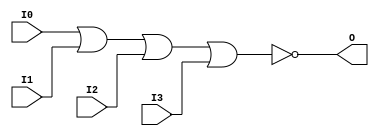
// $Header: /devl/xcs/repo/env/Databases/CAEInterfaces/verunilibs/data/uni9000/NOR4.v,v 1.4 2007/05/23 20:05:08 patrickp Exp $
///////////////////////////////////////////////////////////////////////////////
// Copyright (c) 1995/2004 Xilinx, Inc.
// All Right Reserved.
///////////////////////////////////////////////////////////////////////////////
//   ____  ____
//  /   /\/   /
// /___/  \  /    Vendor : Xilinx
// \   \   \/     Version : 7.1i (H.19)
//  \   \         Description : Xilinx Functional Simulation Library Component
//  /   /                  4-input NOR Gate
// /___/   /\     Filename : NOR4.v
// \   \  /  \    Timestamp : Thu Mar 25 16:42:05 PST 2004
//  \___\/\___\
//
// Revision:
//    03/23/04 - Initial version.
//    05/23/07 - Changed timescale to 1 ps / 1 ps.

`timescale  1 ps / 1 ps

`celldefine

module NOR4 (O, I0, I1, I2, I3);


    output O;

    input  I0, I1, I2, I3;

    nor O1 (O, I0, I1, I2, I3);

    specify
	(I0 *> O) = (0, 0);
	(I1 *> O) = (0, 0);
	(I2 *> O) = (0, 0);
	(I3 *> O) = (0, 0);
    endspecify

endmodule

`endcelldefine